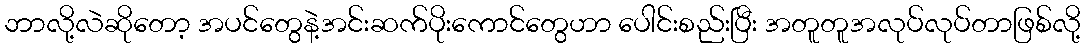
ဘာလို့လဲဆိုတော့ အပင်တွေနဲ့အင်းဆက်ပိုးကောင်တွေဟာ ပေါင်းစည်းပြီး အတူတူအလုပ်လုပ်တာဖြစ်လို့